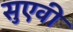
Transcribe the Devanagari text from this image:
सुएवी